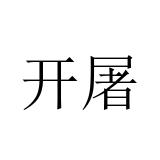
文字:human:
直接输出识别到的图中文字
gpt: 开屠